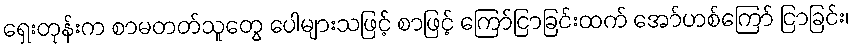
ရှေးတုန်းက စာမတတ်သူတွေ ပေါများသဖြင့် စာဖြင့် ကြော်ငြာခြင်းထက် အော်ဟစ်ကြော် ငြာခြင်း၊